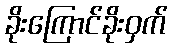
ခိုးကြောင်ခိုးဝှက်